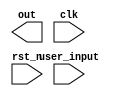
module fsm(out, user_input, clk, rst_n);

input [2:0] user_input;
input clk, rst_n;
output reg [2:0] out;
reg [1:0] state_reg,state_next;

//sequential part
always @ (posedge clk or negedge rst_n )
    begin
        if (!rst_n)
        state_reg <= 2'h0;
        else
        state_reg <= state_next;
    end

//next state and output logic
//-copilot next line-
//copilot mean_prob: 0.6648594890354256

always @ (posedge clk or negedge rst_n)
    begin
        if(!rst_n)
        state_next <= 2'h0;
        else if(user_input > 4'h00)
        state_next <= 2'h00;
        else
        state_next <= state_reg;
    end



endmodule